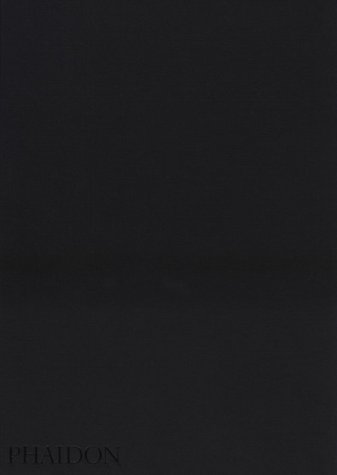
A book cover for The Mennonites; Larry Towell; Christian Books & Bibles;